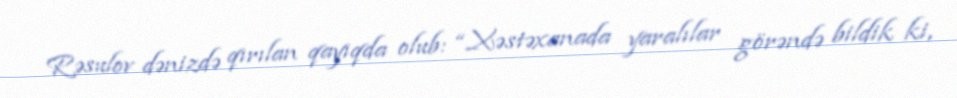
Rəsulov dənizdə qırılan qayıqda olub: “Xəstəxanada yaralılar görəndə bildik ki,